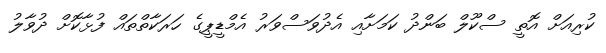
ކުރިއަށް އޮތީ ސްކޫލް ބަންދު ކަމަށާއި އެދުވަސްވަރު އެމްޑީޕީގެ ހަރަކާތްތައް ފުޅާކޮށް ދުވާލު